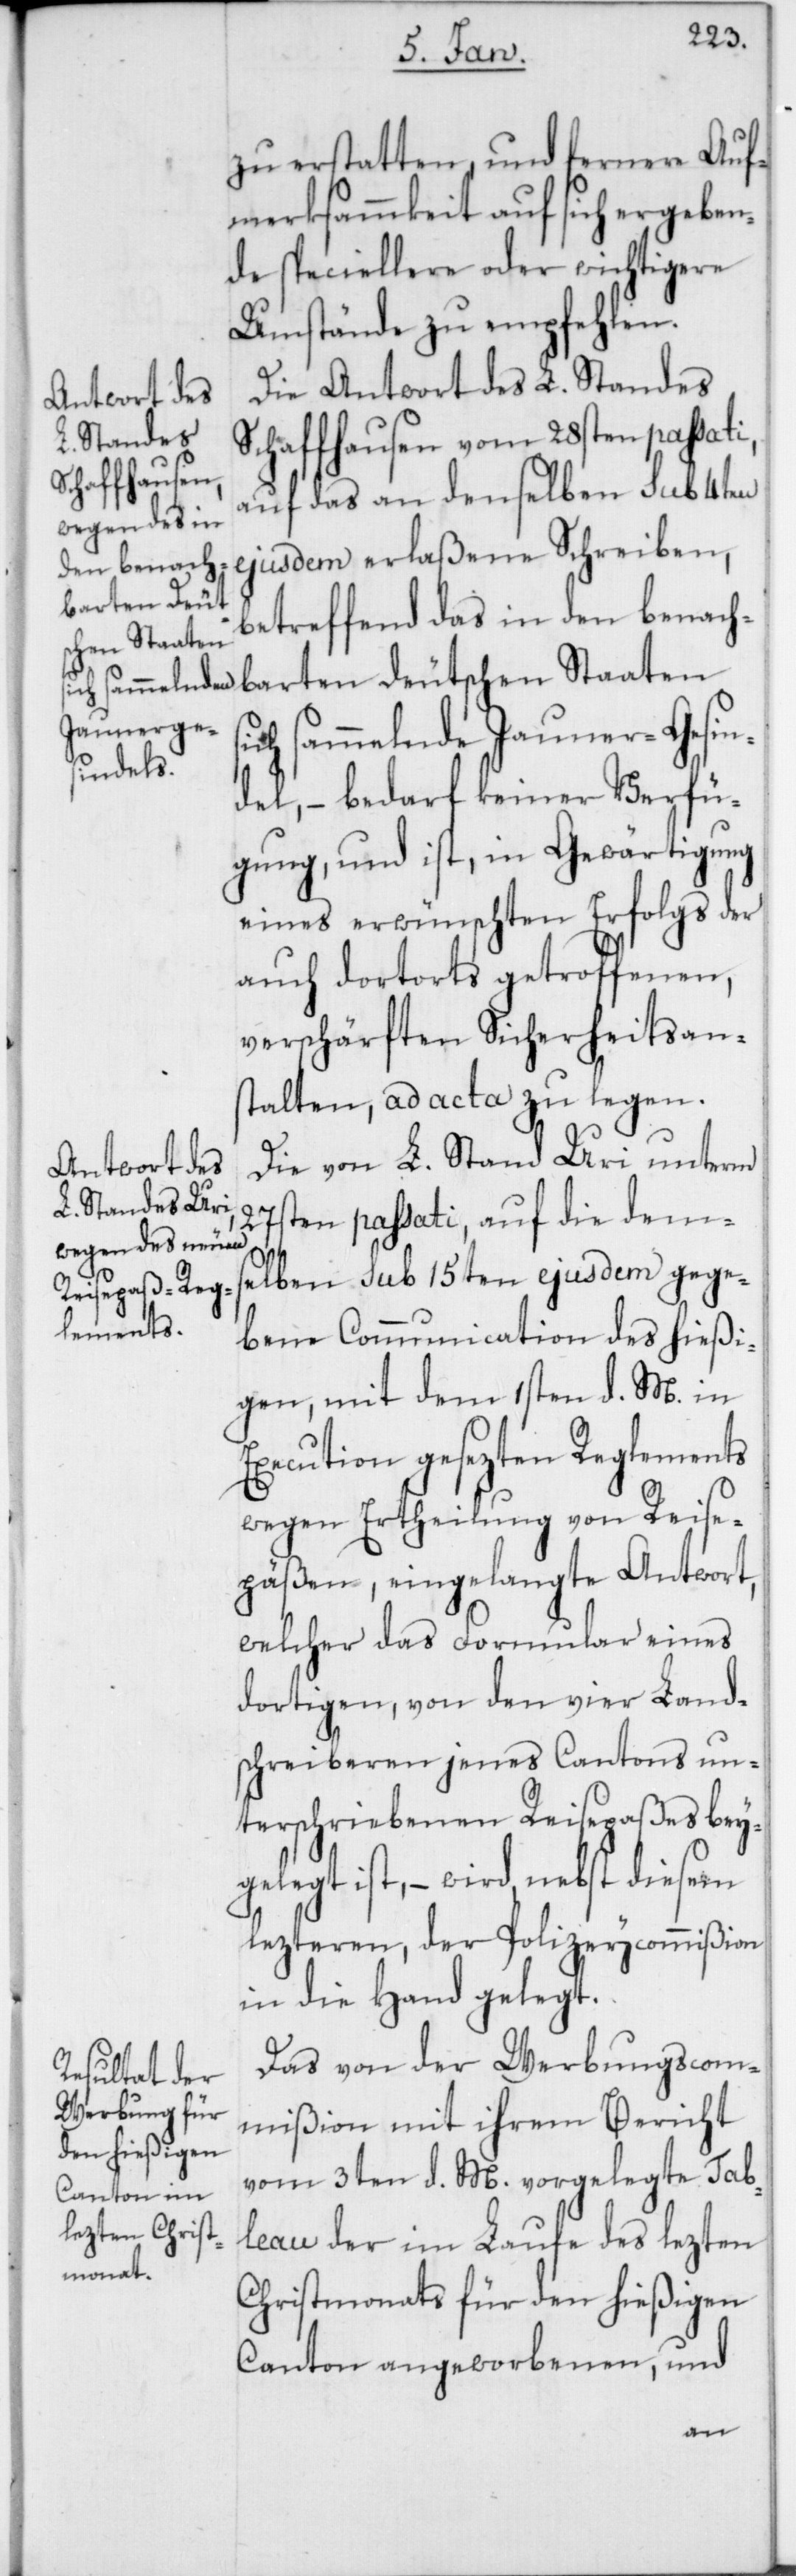
zu erstatten, und fernere Auf¬
merksammkeit auf sich ergeben¬
de speciellere oder wichtigere
Umstände zu empfehlen.
Die Antwort des L. Standes
Schaffhausen vom 28sten passati,
auf das an denselben sub 4ten
ejusdem erlaßene Schreiben,
betreffend das in den benach¬
barten deutschen Staaten
sammelnde Jauner-Gesin¬
del, – bedarf keiner Verfü¬
gung, und ist, in Gewärtigung
eines erwünschten Erfolgs der
auch dortorts getroffenen,
verschärften Sicherheitsans¬
talten, ad acta zu legen.
Die von L. Stand Uri unterm
27sten passati, auf die dem¬
selben sub 15ten ejusdem gege¬
bene Communication des hießi¬
gen, mit dem 1sten d. M. in
Execution gesezten Reglements
wegen Ertheilung von Reise¬
päßen, eingelangte Antwort,
welcher das Formular eines
dortigen, von den vier Land¬
schreiberen jenes Cantons un¬
terschriebenen Reisepaßes bey¬
gelegt ist, – wird nebst diesen
lezteren, der Polizeycommißion
in die Hand gelegt.
Das von der Werbungscom¬
mißion mit ihrem Bericht
vom 3ten d. M. vorgelegte Tab¬
leau der im Laufe des lezten
Christmonats für den hießigen
Canton angeworbenen, und